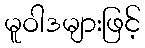
မူဝါဒများဖြင့်